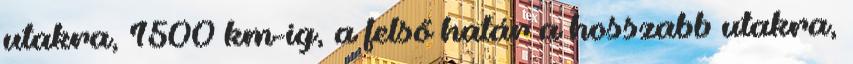
utakra, 1500 km-ig, a felső határ a hosszabb utakra,